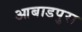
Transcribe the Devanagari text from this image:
आबाडपुरा